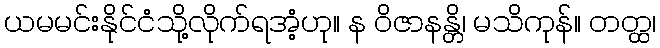
ယမမင်းနိုင်ငံသို့လိုက်ရအံ့ဟု။ န ဝိဇာနန္တိ၊ မသိကုန်။ တတ္ထ၊